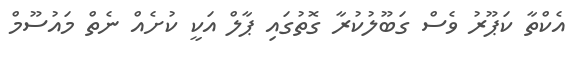
އެކްތާ ކަޕޫރު ވެސް ގަބޫލުކުރާ ގޮތުގައި ޕާލް އަކީ ކުށެއް ނެތް މައުސޫމް